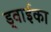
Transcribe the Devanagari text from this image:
ड्वाईका